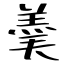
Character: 羮